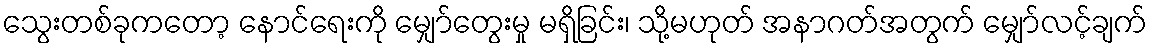
သွေးတစ်ခုကတော့ နောင်ရေးကို မျှော်တွေးမှု မရှိခြင်း၊ သို့မဟုတ် အနာဂတ်အတွက် မျှော်လင့်ချက်